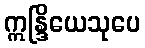
ဣန္ဒြိယေသုပေ